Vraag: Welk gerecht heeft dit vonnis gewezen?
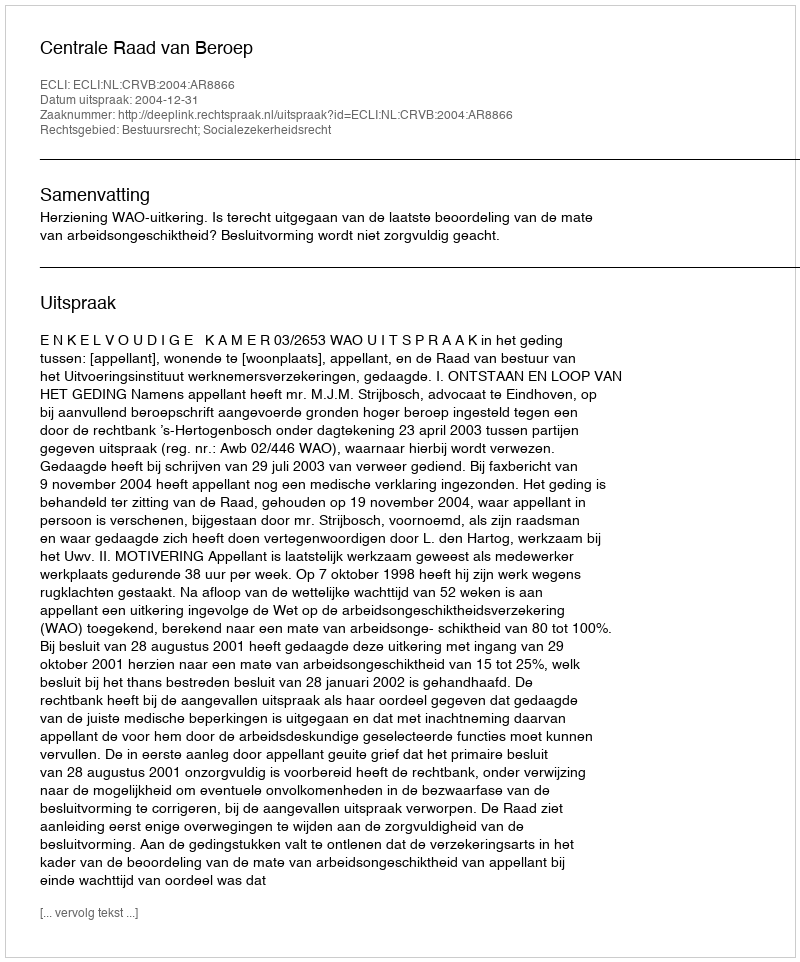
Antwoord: Centrale Raad van Beroep